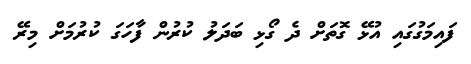
ފައިމަގުގައި އުޅޭ ގޮތަށް ދެ ގޯޅި ބަދަލު ކުރުން ފާހަގަ ކުރުމަށް މިރޭ